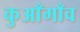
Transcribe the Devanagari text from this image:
कुआँगाँव